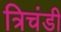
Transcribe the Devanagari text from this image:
त्रिचंडी